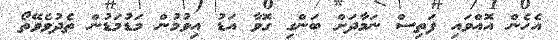
އެހެން އޮއްވައި ފަތިސް ނަމާދަށް ބަންގި ގޮވާ އަޑު އިވުމުން މަޑުމަޑުން ތެދުވެވޭތޯ